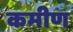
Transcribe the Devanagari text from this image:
कमीण